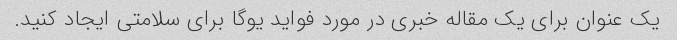
یک عنوان برای یک مقاله خبری در مورد فواید یوگا برای سلامتی ایجاد کنید.